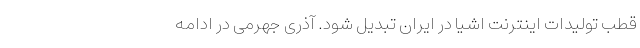
قطب تولیدات اینترنت اشیا در ایران تبدیل شود. آذری جهرمی در ادامه